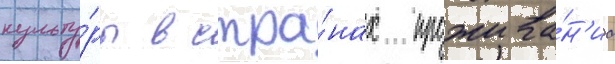
культу́ры в стра́нах прожива́н'иа